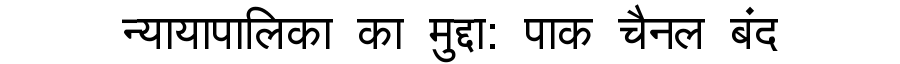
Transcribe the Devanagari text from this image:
न्यायापालिका का मुद्दा: पाक चैनल बंद